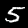
Digit: 5